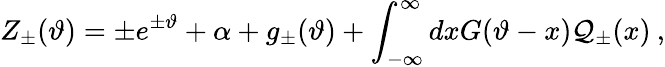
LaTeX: \displaystyle Z_{\pm}(\vartheta)=\pm e^{\pm\vartheta}+\alpha+g_{\pm}(\vartheta)+\displaystyle\int_{-\infty}^{\infty}dxG(\vartheta-x){\cal Q}_{\pm}(x)\: ,